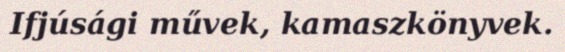
Ifjúsági művek, kamaszkönyvek.